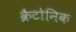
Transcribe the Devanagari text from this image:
क्रैटोनिक